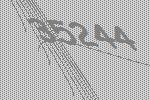
35244